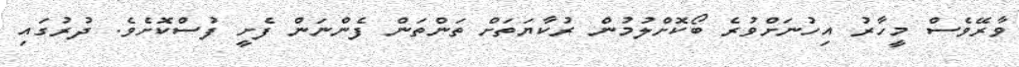
ވާރޭވެސް މީހާރު އިހުނަށްވުރެ ބޯކޮށްލުުމުން ރުކާޔަތަށް ތަންތަން ފެންނަން ފެށީ ފުސްކޮށެވެ. ދުރުގައި